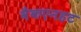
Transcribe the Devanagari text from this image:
वैकएनहट